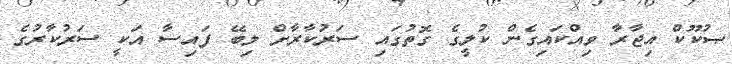
ޞުކޫކް އިޖާރާ ވިއްކައިގެން ކުލީގެ ގޮތުގައި ސަރުކާރާށް ލިބޭ ފައިސާ އަކީ ސަރުކާރުގެ